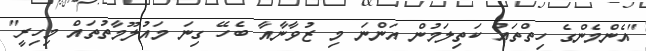
"އެންމެންގެ ހިތްތައް ކަތިލަމުން އަންނަ މި ޒުވާނާއާ ބެހޭ ގިނަ މައުލޫމާތުތައް މިހިރީ"